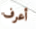
أعرف